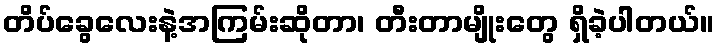
တိပ်ခွေလေးနဲ့အကြမ်းဆိုတာ၊ တီးတာမျိုးတွေ ရှိခဲ့ပါတယ်။